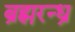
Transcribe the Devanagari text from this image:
ब्रह्मरन्ध्र